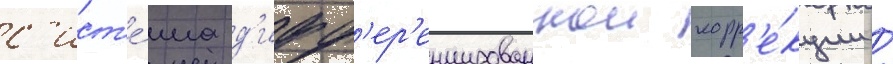
с'ист'е́ма д'ифф'ер'енцированнои корр'е́кции /